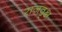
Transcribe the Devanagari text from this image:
राजवृक्ष